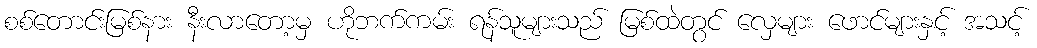
စစ်တောင်းမြစ်နား နီးလာတော့မှ ဟိုဘက်ကမ်း ရန်သူများသည် မြစ်ထဲတွင် လှေများ ဖောင်များနှင့် အသင့်